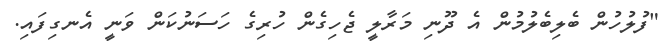
"ފުލުހުން ބެލިބެލުމުން އެ ދޫނި މަރާލީ ޖެހިގެން ހުރިގެ ހަސަނުކަން ވަނީ އެނގިފައި.